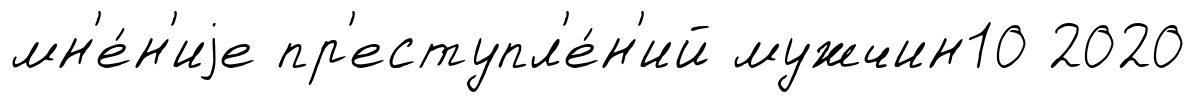
мн'е́н'иjе пр'еступл'е́н'ий мужчин10 2020